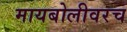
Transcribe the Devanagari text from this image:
मायबोलीवरच